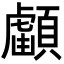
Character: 𩔺